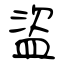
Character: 盜